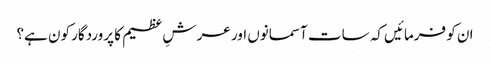
ان کو فرمائیں کہ سات آسمانوں اور عرشِ عظیم کا پروردگار کون ہے؟